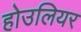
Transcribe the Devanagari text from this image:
होउलियर